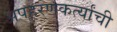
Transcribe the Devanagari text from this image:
अपहरणकर्त्यांची